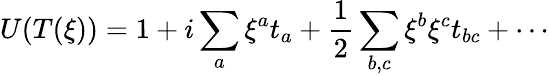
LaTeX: U(T(\xi))=1+i\sum_{a}\xi^{a}t_{a}+{\frac{1}{2}}\sum_{b,c}\xi^{b}\xi^{c}t_{bc}+\cdots